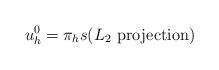
LaTeX: \begin{align*} u_h^0=\pi_h s (L_2\,\, {\rm projection})\end{align*}